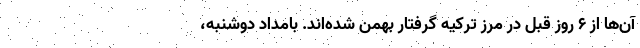
آن‌ها از ۶ روز قبل در مرز ترکیه گرفتار بهمن شده‌اند. بامداد دوشنبه،